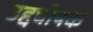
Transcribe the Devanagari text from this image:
उद्दघोषक